Problem: 45 - 24 = ?
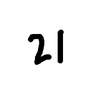
Handwritten answer: 21